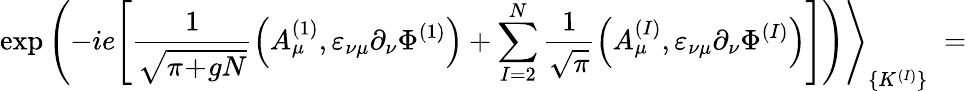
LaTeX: \exp\left(-ie\Bigg[\frac{1}{\sqrt{\pi\! +\! gN}}\Big(A_{\mu}^{(1)},\varepsilon_{\nu\mu}\partial_{\nu}\Phi^{(1)}\Big)+\sum_{I=2}^{N}\frac{1}{\sqrt{\pi}}\Big(A_{\mu}^{(I)},\varepsilon_{\nu\mu}\partial_{\nu}\Phi^{(I)}\Big)\Bigg]\right)\Bigg\rangle_{\{ K^{(I)}\} }\; =